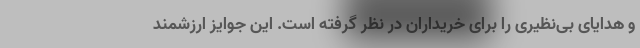
و هدایای بی‌نظیری را برای خریداران در نظر گرفته است. این جوایز ارزشمند